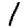
Digit: 1